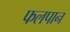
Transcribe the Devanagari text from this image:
फलपान